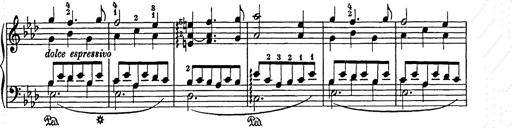
Title: Weihnachtsbaum
Composer: Franz Liszt